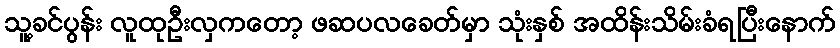
သူ့ခင်ပွန်း လူထုဦးလှကတော့ ဖဆပလခေတ်မှာ သုံးနှစ် အထိန်းသိမ်းခံရပြီးနောက်